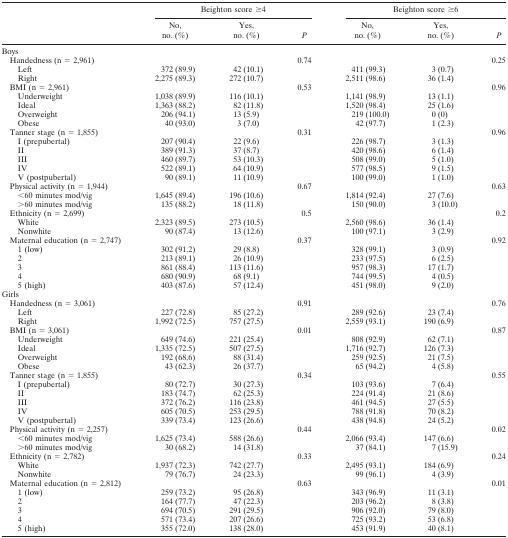
<table><thead><tr><td></td><td colspan="3"><b>Beighton score ≥4</b></td><td colspan="3"><b>Beighton score ≥6</b></td></tr><tr><td></td><td><b>No, no. (%)</b></td><td><b>Yes, no. (%)</b></td><td><b><i>P</i></b></td><td><b>No, no. (%)</b></td><td><b>Yes, no. (%)</b></td><td><b><i>P</i></b></td></tr></thead><tbody><tr><td>Boys</td><td></td><td></td><td></td><td></td><td></td><td></td></tr><tr><td> Handedness (n = 2,961)</td><td></td><td></td><td>0.74</td><td></td><td></td><td>0.25</td></tr><tr><td>Left</td><td>372 (89.9)</td><td>42 (10.1)</td><td></td><td>411 (99.3)</td><td>3 (0.7)</td><td></td></tr><tr><td>Right</td><td>2,275 (89.3)</td><td>272 (10.7)</td><td></td><td>2,511 (98.6)</td><td>36 (1.4)</td><td></td></tr><tr><td> BMI (n = 2,961)</td><td></td><td></td><td>0.53</td><td></td><td></td><td>0.96</td></tr><tr><td>Underweight</td><td>1,038 (89.9)</td><td>116 (10.1)</td><td></td><td>1,141 (98.9)</td><td>13 (1.1)</td><td></td></tr><tr><td>Ideal</td><td>1,363 (88.2)</td><td>82 (11.8)</td><td></td><td>1,520 (98.4)</td><td>25 (1.6)</td><td></td></tr><tr><td>Overweight</td><td>206 (94.1)</td><td>13 (5.9)</td><td></td><td>219 (100.0)</td><td>0 (0)</td><td></td></tr><tr><td>Obese</td><td>40 (93.0)</td><td>3 (7.0)</td><td></td><td>42 (97.7)</td><td>1 (2.3)</td><td></td></tr><tr><td> Tanner stage (n = 1,855)</td><td></td><td></td><td>0.31</td><td></td><td></td><td>0.96</td></tr><tr><td>I (prepubertal)</td><td>207 (90.4)</td><td>22 (9.6)</td><td></td><td>226 (98.7)</td><td>3 (1.3)</td><td></td></tr><tr><td>II</td><td>389 (91.3)</td><td>37 (8.7)</td><td></td><td>420 (98.6)</td><td>6 (1.4)</td><td></td></tr><tr><td>III</td><td>460 (89.7)</td><td>53 (10.3)</td><td></td><td>508 (99.0)</td><td>5 (1.0)</td><td></td></tr><tr><td>IV</td><td>522 (89.1)</td><td>64 (10.9)</td><td></td><td>577 (98.5)</td><td>9 (1.5)</td><td></td></tr><tr><td>V (postpubertal)</td><td>90 (89.1)</td><td>11 (10.9)</td><td></td><td>100 (99.0)</td><td>1 (1.0)</td><td></td></tr><tr><td> Physical activity (n = 1,944)</td><td></td><td></td><td>0.67</td><td></td><td></td><td>0.63</td></tr><tr><td>&lt;60 minutes mod/vig</td><td>1,645 (89.4)</td><td>196 (10.6)</td><td></td><td>1,814 (92.4)</td><td>27 (7.6)</td><td></td></tr><tr><td>&gt;60 minutes mod/vig</td><td>135 (88.2)</td><td>18 (11.8)</td><td></td><td>150 (90.0)</td><td>3 (10.0)</td><td></td></tr><tr><td> Ethnicity (n = 2,699)</td><td></td><td></td><td>0.5</td><td></td><td></td><td>0.2</td></tr><tr><td>White</td><td>2,323 (89.5)</td><td>273 (10.5)</td><td></td><td>2,560 (98.6)</td><td>36 (1.4)</td><td></td></tr><tr><td>Nonwhite</td><td>90 (87.4)</td><td>13 (12.6)</td><td></td><td>100 (97.1)</td><td>3 (2.9)</td><td></td></tr><tr><td> Maternal education (n = 2,747)</td><td></td><td></td><td>0.37</td><td></td><td></td><td>0.92</td></tr><tr><td>1 (low)</td><td>302 (91.2)</td><td>29 (8.8)</td><td></td><td>328 (99.1)</td><td>3 (0.9)</td><td></td></tr><tr><td>2</td><td>213 (89.1)</td><td>26 (10.9)</td><td></td><td>233 (97.5)</td><td>6 (2.5)</td><td></td></tr><tr><td>3</td><td>861 (88.4)</td><td>113 (11.6)</td><td></td><td>957 (98.3)</td><td>17 (1.7)</td><td></td></tr><tr><td>4</td><td>680 (90.9)</td><td>68 (9.1)</td><td></td><td>744 (99.5)</td><td>4 (0.5)</td><td></td></tr><tr><td>5 (high)</td><td>403 (87.6)</td><td>57 (12.4)</td><td></td><td>451 (98.0)</td><td>9 (2.0)</td><td></td></tr><tr><td>Girls</td><td></td><td></td><td></td><td></td><td></td><td></td></tr><tr><td> Handedness (n = 3,061)</td><td></td><td></td><td>0.91</td><td></td><td></td><td>0.76</td></tr><tr><td>Left</td><td>227 (72.8)</td><td>85 (27.2)</td><td></td><td>289 (92.6)</td><td>23 (7.4)</td><td></td></tr><tr><td>Right</td><td>1,992 (72.5)</td><td>757 (27.5)</td><td></td><td>2,559 (93.1)</td><td>190 (6.9)</td><td></td></tr><tr><td> BMI (n = 3,061)</td><td></td><td></td><td>0.01</td><td></td><td></td><td>0.87</td></tr><tr><td>Underweight</td><td>649 (74.6)</td><td>221 (25.4)</td><td></td><td>808 (92.9)</td><td>62 (7.1)</td><td></td></tr><tr><td>Ideal</td><td>1,335 (72.5)</td><td>507 (27.5)</td><td></td><td>1,716 (92.7)</td><td>126 (7.3)</td><td></td></tr><tr><td>Overweight</td><td>192 (68.6)</td><td>88 (31.4)</td><td></td><td>259 (92.5)</td><td>21 (7.5)</td><td></td></tr><tr><td>Obese</td><td>43 (62.3)</td><td>26 (37.7)</td><td></td><td>65 (94.2)</td><td>4 (5.8)</td><td></td></tr><tr><td> Tanner stage (n = 1,855)</td><td></td><td></td><td>0.34</td><td></td><td></td><td>0.55</td></tr><tr><td>I (prepubertal)</td><td>80 (72.7)</td><td>30 (27.3)</td><td></td><td>103 (93.6)</td><td>7 (6.4)</td><td></td></tr><tr><td>II</td><td>183 (74.7)</td><td>62 (25.3)</td><td></td><td>224 (91.4)</td><td>21 (8.6)</td><td></td></tr><tr><td>III</td><td>372 (76.2)</td><td>116 (23.8)</td><td></td><td>461 (94.5)</td><td>27 (5.5)</td><td></td></tr><tr><td>IV</td><td>605 (70.5)</td><td>253 (29.5)</td><td></td><td>788 (91.8)</td><td>70 (8.2)</td><td></td></tr><tr><td>V (postpubertal)</td><td>339 (73.4)</td><td>123 (26.6)</td><td></td><td>438 (94.8)</td><td>24 (5.2)</td><td></td></tr><tr><td> Physical activity (n = 2,257)</td><td></td><td></td><td>0.44</td><td></td><td></td><td>0.02</td></tr><tr><td>&lt;60 minutes mod/vig</td><td>1,625 (73.4)</td><td>588 (26.6)</td><td></td><td>2,066 (93.4)</td><td>147 (6.6)</td><td></td></tr><tr><td>&gt;60 minutes mod/vig</td><td>30 (68.2)</td><td>14 (31.8)</td><td></td><td>37 (84.1)</td><td>7 (15.9)</td><td></td></tr><tr><td> Ethnicity (n = 2,782)</td><td></td><td></td><td>0.33</td><td></td><td></td><td>0.24</td></tr><tr><td>White</td><td>1,937 (72.3)</td><td>742 (27.7)</td><td></td><td>2,495 (93.1)</td><td>184 (6.9)</td><td></td></tr><tr><td>Nonwhite</td><td>79 (76.7)</td><td>24 (23.3)</td><td></td><td>99 (96.1)</td><td>4 (3.9)</td><td></td></tr><tr><td> Maternal education (n = 2,812)</td><td></td><td></td><td>0.63</td><td></td><td></td><td>0.01</td></tr><tr><td>1 (low)</td><td>259 (73.2)</td><td>95 (26.8)</td><td></td><td>343 (96.9)</td><td>11 (3.1)</td><td></td></tr><tr><td>2</td><td>164 (77.7)</td><td>47 (22.3)</td><td></td><td>203 (96.2)</td><td>8 (3.8)</td><td></td></tr><tr><td>3</td><td>694 (70.5)</td><td>291 (29.5)</td><td></td><td>906 (92.0)</td><td>79 (8.0)</td><td></td></tr><tr><td>4</td><td>571 (73.4)</td><td>207 (26.6)</td><td></td><td>725 (93.2)</td><td>53 (6.8)</td><td></td></tr><tr><td>5 (high)</td><td>355 (72.0)</td><td>138 (28.0)</td><td></td><td>453 (91.9)</td><td>40 (8.1)</td><td></td></tr></tbody></table>